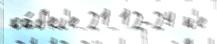
ка́б'ел'е 21 12-24 н'е